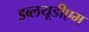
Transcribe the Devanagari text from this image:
डब्लयूडीएम